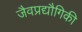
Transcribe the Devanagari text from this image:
जैवप्रद्यौगिकी